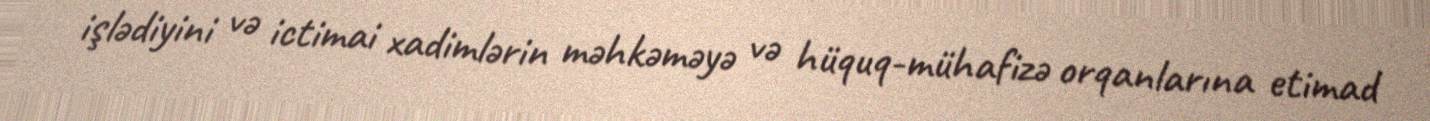
işlədiyini və ictimai xadimlərin məhkəməyə və hüquq-mühafizə orqanlarına etimad